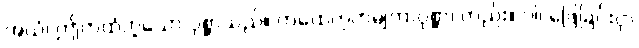
အယံ၊ ဤကထံဟူသော ပုစ္ဆာသည်။ ကထေတုကမျတာပုစ္ဆာ၊ တည်း။ ဝါ၊ ဖြေခြင်းငှာ